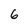
Character: 6